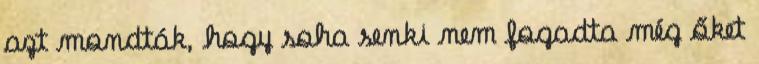
azt mondták, hogy soha senki nem fogadta még őket